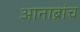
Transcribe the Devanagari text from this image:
आनाब्रांच